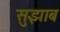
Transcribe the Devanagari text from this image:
सुझाब